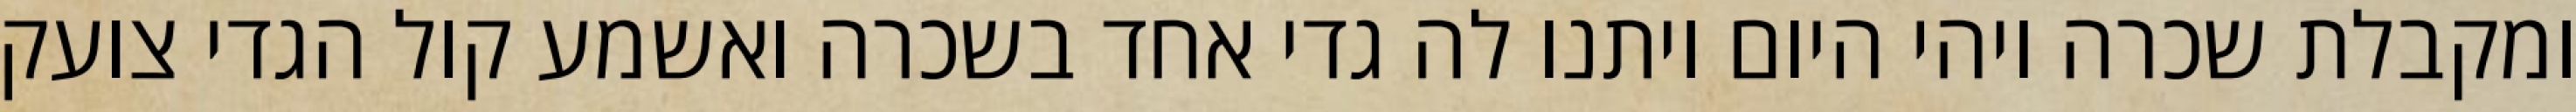
ומקבלת שכרה ויהי היום ויתנו לה גדי אחד בשכרה ואשמע קול הגדי צועק